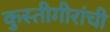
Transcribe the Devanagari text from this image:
कुस्तीगीरांची